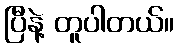
ပြီနဲ့ တူပါတယ်။